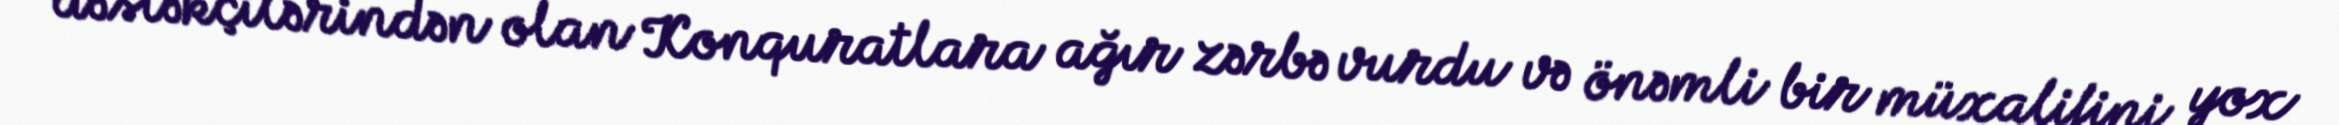
dəstəkçilərindən olan Konquratlara ağır zərbə vurdu və önəmli bir müxalifini yox